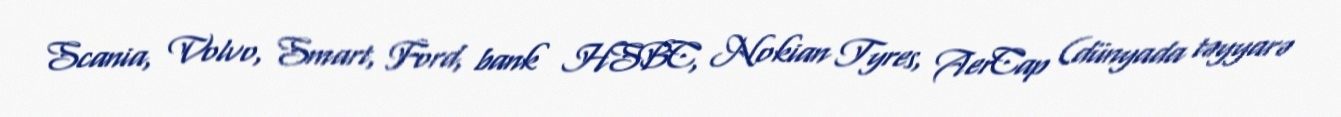
Scania, Volvo, Smart, Ford, bank HSBC, Nokian Tyres, AerCap (dünyada təyyarə